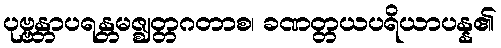
ပုဗ္ဗန္တာပရန္တမဇ္ဈတ္တဂတာစ၊ ခဏတ္တယပရိယာပန္န၏